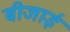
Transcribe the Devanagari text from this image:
बीजाई